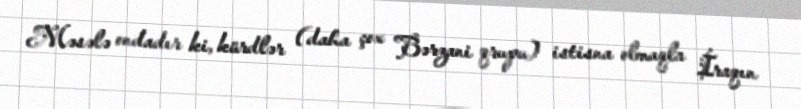
Məsələ ondadır ki, kürdlər (daha çox Bərzani qrupu) istisna olmaqla İraqın